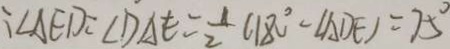
: \angle A E D = \angle D A E = \frac { 1 } { 2 } ( 1 8 0 ^ { \circ } - \angle A D E ) = 7 5 ^ { \circ }